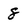
Character: 8